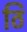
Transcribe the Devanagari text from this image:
ठि